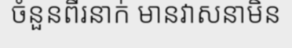
ចំនួនពីរនាក់ មានវាសនាមិន